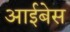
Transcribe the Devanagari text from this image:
आईबेस